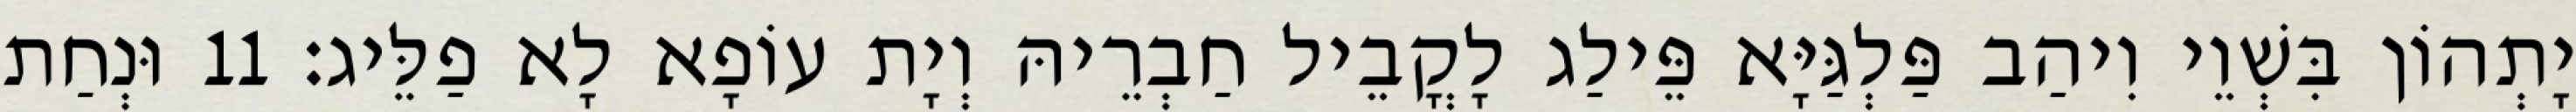
יָתְהוֹן בִּשְׁוֵי וִיהַב פַּלְגַּיָּא פֵּילַג לָקֳבֵיל חַבְרֵיהּ וְיָת עוֹפָא לָא פַלֵּיג׃ 11 וּנְחַת